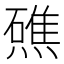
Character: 𭶗